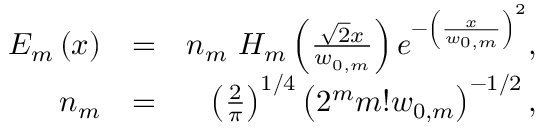
\begin{array} { r l r } { E _ { m } \left( x \right) } & { = } & { n _ { m } ~ H _ { m } \left( \frac { \sqrt { 2 } x } { w _ { 0 , m } } \right) e ^ { - \left( \frac { x } { w _ { 0 , m } } \right) ^ { 2 } } , } \\ { n _ { m } } & { = } & { \left( \frac { 2 } { \pi } \right) ^ { 1 / 4 } \left( 2 ^ { m } m ! w _ { 0 , m } \right) ^ { - 1 / 2 } , } \end{array}